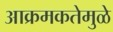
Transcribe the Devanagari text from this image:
आक्रमकतेमुळे